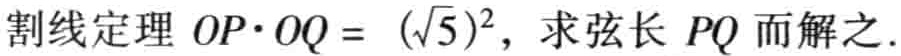
割线定理 \(OP\cdot OQ = (\sqrt{5})^{2}\)，求弦长 \(PQ\) 而解之.